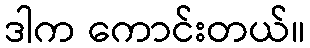
ဒါက ကောင်းတယ်။